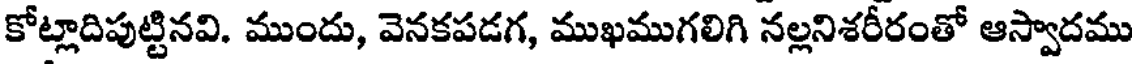
కోట్లాదిపుట్టినవి. ముందు, వెనకపడగ, ముఖముగలిగి నల్లనిశరీరంతో ఆస్వాదము